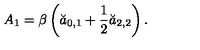
A _ { 1 } = \beta \left( \breve { a } _ { 0 , 1 } + \frac 1 2 \breve { a } _ { 2 , 2 } \right) .